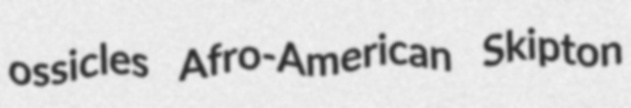
ossicles Afro-American Skipton